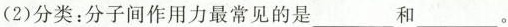
(2)分类：分子间作用力最常见的是___和___。